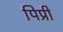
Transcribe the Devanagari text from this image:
पिप्री